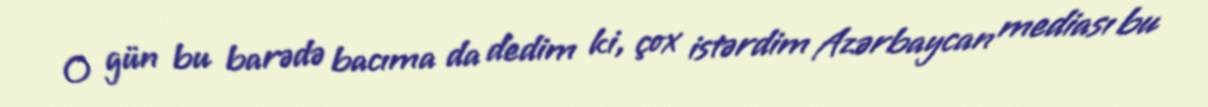
O gün bu barədə bacıma da dedim ki, çox istərdim Azərbaycan mediası bu